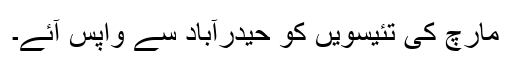
مارچ کی تئیسویں کو حیدرآباد سے واپس آئے۔